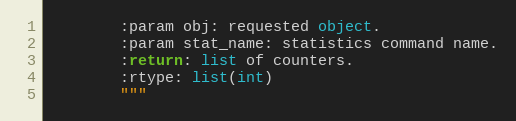
Language: Python
        :param obj: requested object.
        :param stat_name: statistics command name.
        :return: list of counters.
        :rtype: list(int)
        """